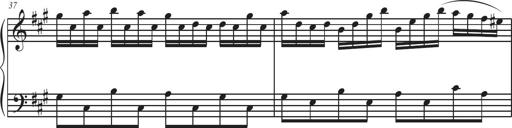
Title: Sonatina Espania
Composer: Jerald Franklin Archer
Key: Various